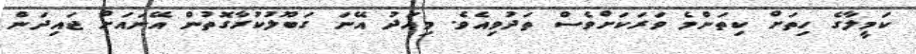
ކަމީލާގެ ހިތަށް ކިތަންމެ ވަރަކަށްވެސް ތަދުވިއެވެ. މިއަދު އޭނަ ގަބޫލުކުރާގޮތުން އޭނައަށް ޖައިދަން